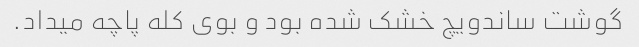
گوشت ساندویچ خشک شده بود و بوی کله پاچه میداد.